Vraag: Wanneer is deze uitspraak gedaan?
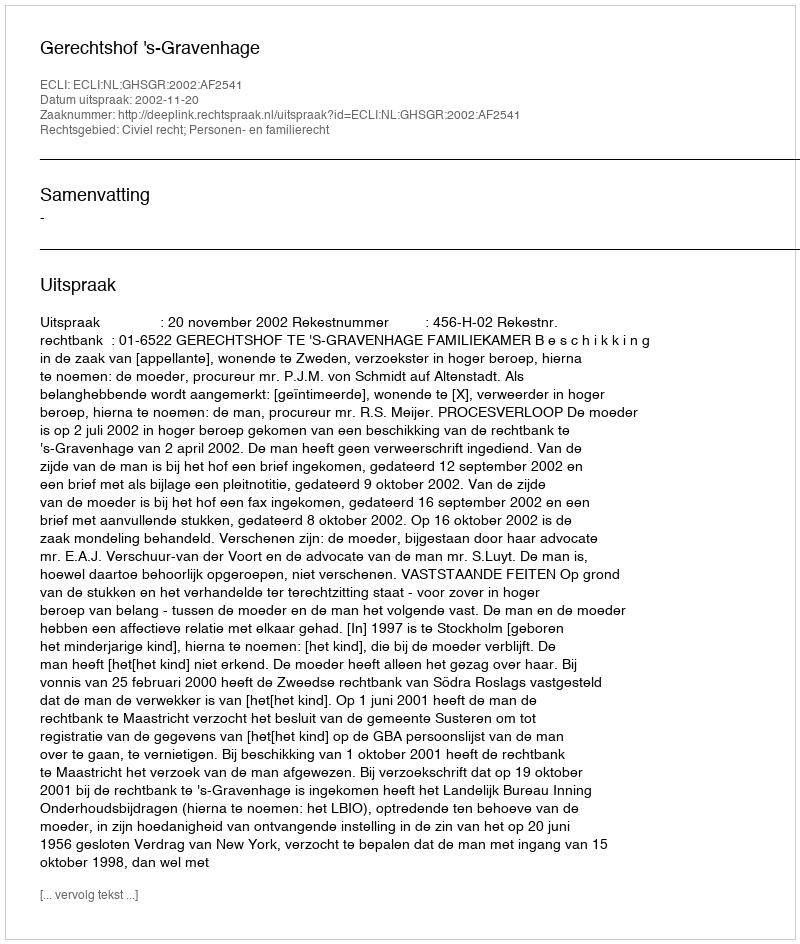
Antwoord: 2002-11-20